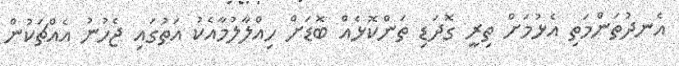
އެނދުތަންމަތި އެޅުމަށް ތިރީ ގޮދަޑި ތަންކޮޅެއް ބޮޑަށް ހިއްލާލުމާއެކު އަތުގައި ޖެހުނު އެއްޗަކުން